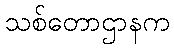
သစ်တောဌာနက